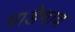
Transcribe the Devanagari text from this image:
गाडेगाव